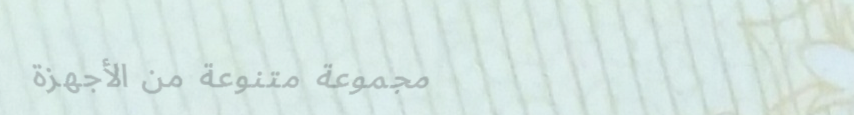
مجموعة متنوعة من الأجهزة